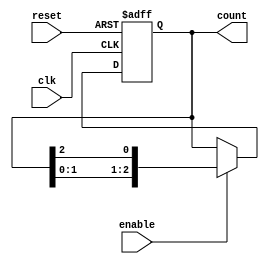
module Johnson_Counter(
    input clk,
    input reset,
    input enable,
    output reg [2:0] count
);

always @ (posedge clk or posedge reset) begin
    if (reset)
        count <= 3'b000; // Initial state
    else if (enable)
        count <= {count[1:0], count[2]}; // Shift the bits in the counter
end

endmodule